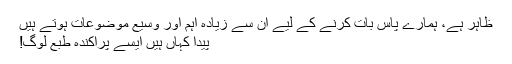
ظاہر ہے، ہمارے پاس بات کرنے کے لیے ان سے زیادہ اہم اور وسیع موضوعات ہوتے ہیں
پیدا کہاں ہیں ایسے پراکندہ طبع لوگ!